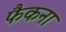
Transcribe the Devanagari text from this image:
फैकना